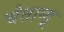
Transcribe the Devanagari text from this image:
चेतान्तू